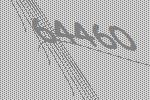
64460